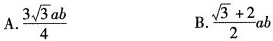
A.\frac{3 \sqrt{3}ab}{4} B.\frac{ \sqrt{3}+2}{2}ab